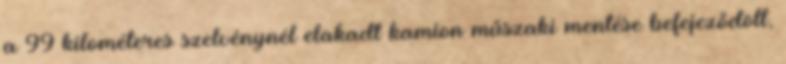
a 99 kilométeres szelvénynél elakadt kamion műszaki mentése befejeződött,